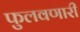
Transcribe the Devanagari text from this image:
फुलवणारी